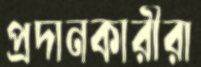
প্রদানকারীরা